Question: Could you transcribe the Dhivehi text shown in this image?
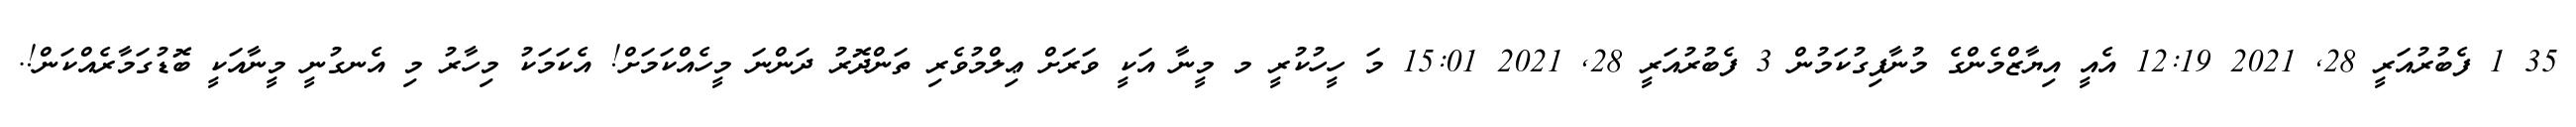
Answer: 35 1 ފެބުރުއަރީ 28, 2021 12:19 އެއީ އިޔާޒްމެންގެ މުނާފިގުކަމުން 3 ފެބުރުއަރީ 28, 2021 15:01 މަ ހީހުކުރީ މ މީނާ އަކީ ވަރަށް ޢިލްމުވެރި ތަންދޮރު ދަންނަ މީހެއްކަމަށް! އެކަމަކު މިހާރު މި އެނގުނީ މީނާއަކީ ބޮޑުގަމާރެއްކަން!.